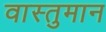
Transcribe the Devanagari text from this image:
वास्तुमान